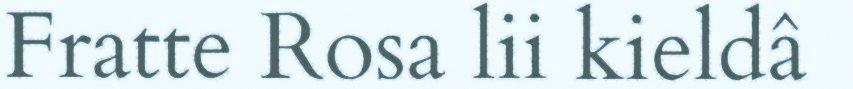
Fratte Rosa lii kieldâ